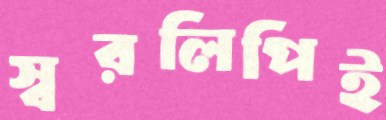
স্বরলিপিই